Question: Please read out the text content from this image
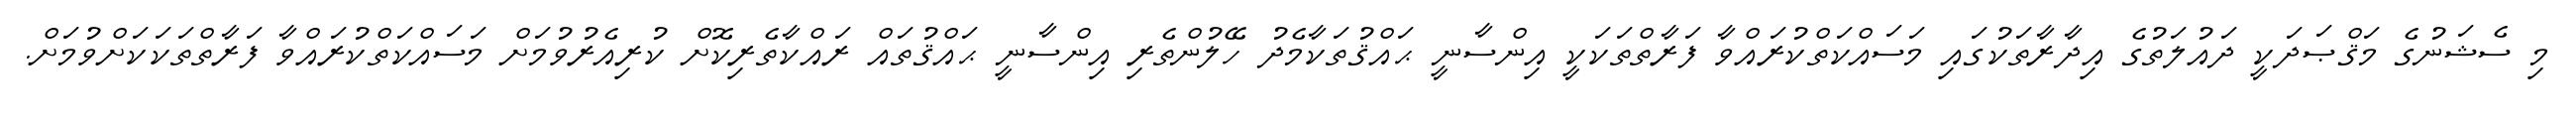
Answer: މި ސެޝަނުގެ މަޤްޞަދަކީ ދައުލަތުގެ އިދާރާތަކުގައި މަސައްކަތްކުރައްވާ ފަރާތްތަކަކީ އިންސާނީ ޙައްޤުތަކާމެދު ހޭލުންތެރި އިންސާނީ ޙައްޤުތައް ރައްކާތެރިކޮށް ކުރިއެރުވުމަށް މަސައްކަތްކުރައްވާ ފަރާތްތަކަކަށްވުމަށް.